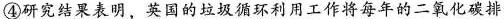
④研究结果表明，英的垃圾循环利用工作将每年的二氧化碳排